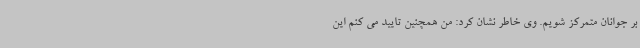
بر جوانان متمرکز شویم. وی خاطر نشان کرد: من همچنین تایید می کنم این